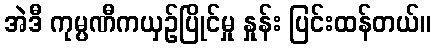
အဲဒီ ကုမ္ပဏီကယှဉ်ပြိုင်မှု နှုန်း ပြင်းထန်တယ်။